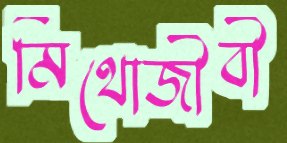
মিথোজীবী